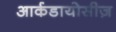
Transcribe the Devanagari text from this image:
आर्कडायोसीज़